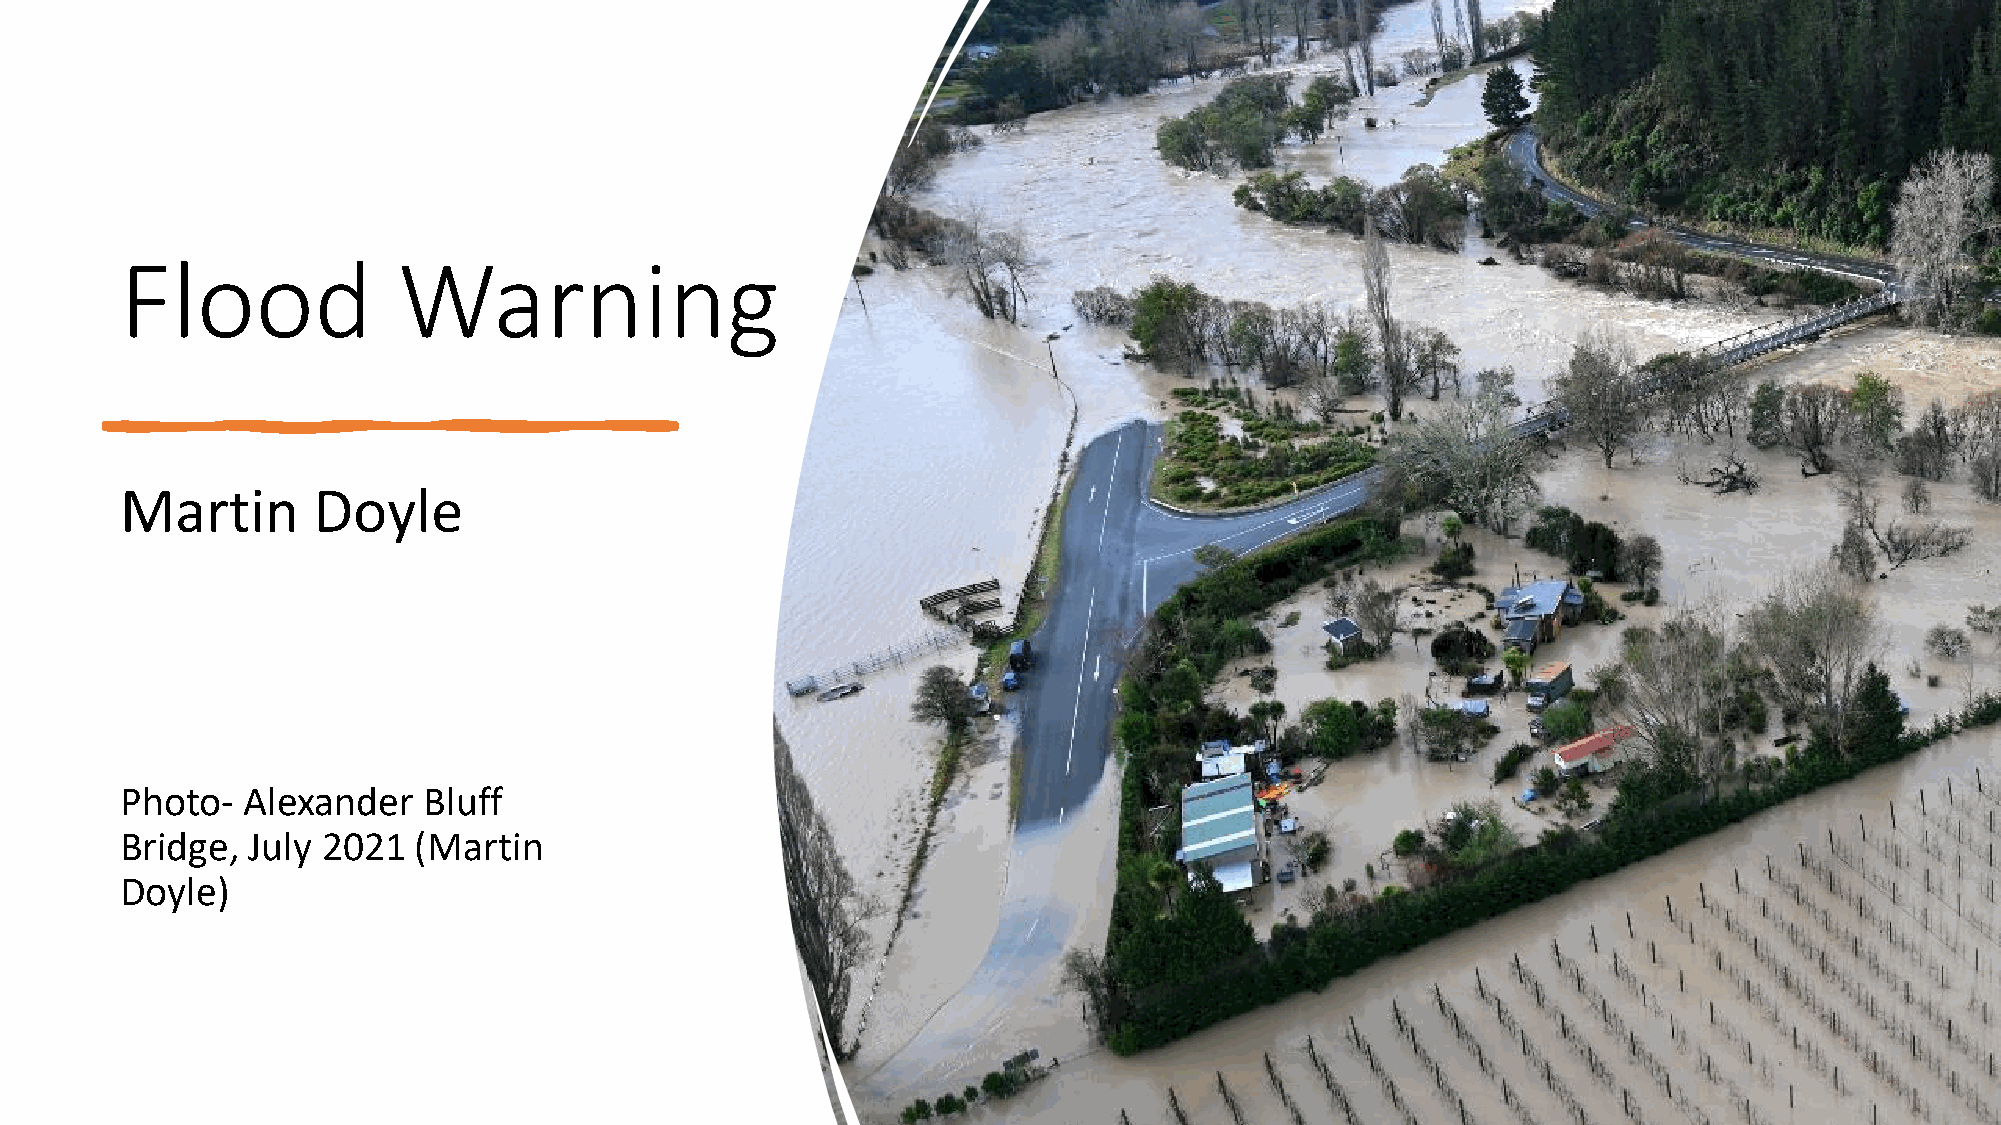
Flood             Warning
 Martin       Doyle
 Photo-  Alexander   Bluff
 Bridge, July 2021  (Martin
 Doyle)